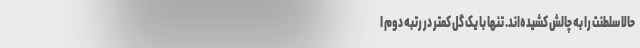
حالا سلطنت را به چالش کشیده‌اند. تنها با یک گل کمتر در رتبه دوم ا